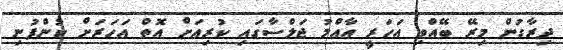
ދިރާގުން މިރޭ ބޭއްވި އަހަރީ އާއްމު ޖަލްސާގައި ކުރިއަށް އޮތް އަހަރަށް ކުންފުނި